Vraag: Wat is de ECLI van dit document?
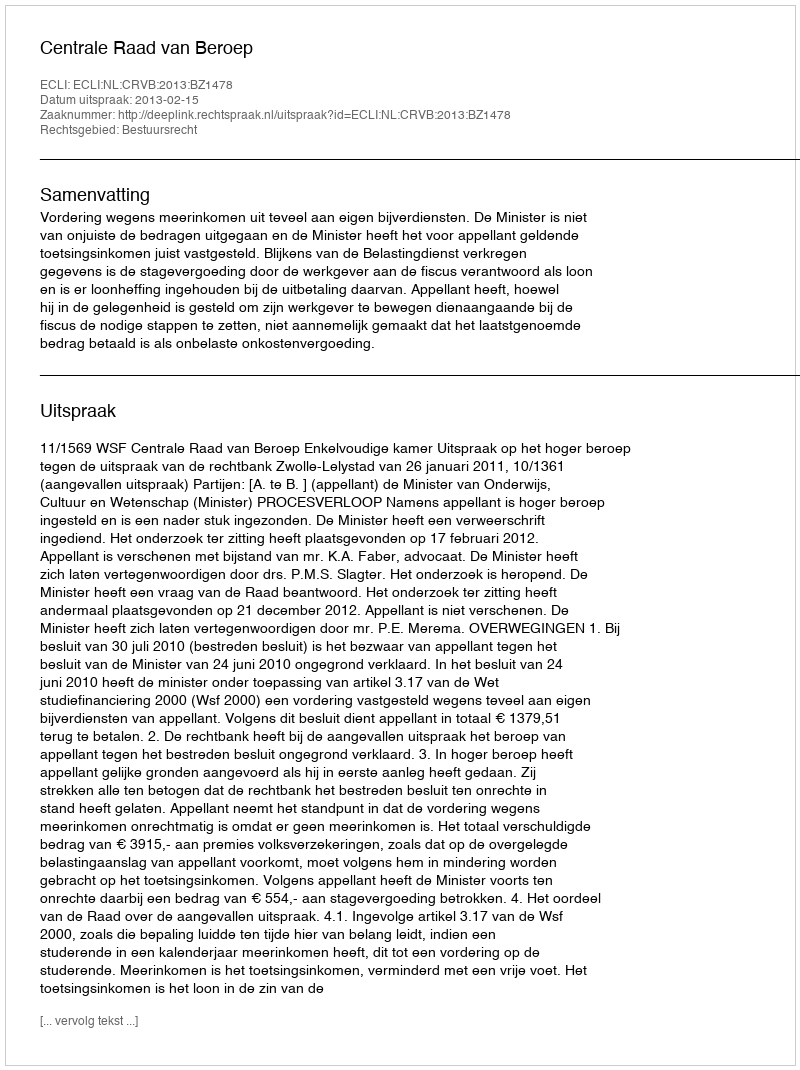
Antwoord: ECLI:NL:CRVB:2013:BZ1478